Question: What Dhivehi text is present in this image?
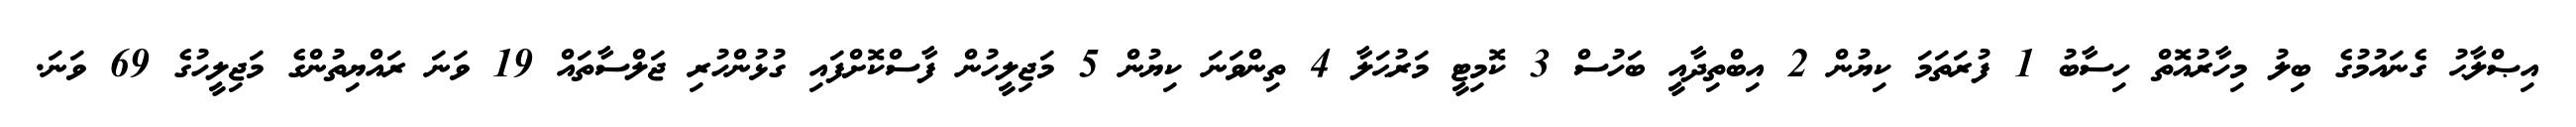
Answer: އިޞްލާޙު ގެނައުމުގެ ބިލު މިހާރުއޮތް ހިސާބު 1 ފުރަތަމަ ކިޔުން 2 އިބްތިދާއީ ބަހުސް 3 ކޮމިޓީ މަރުޙަލާ 4 ތިންވަނަ ކިޔުން 5 މަޖިލީހުން ފާސްކޮށްފައި ގުޅުންހުރި ޖަލްސާތައް 19 ވަނަ ރައްޔިތުންގެ މަޖިލީހުގެ 69 ވަނަ.